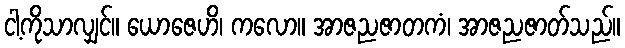
ငါ့ကိုသာလျှင်။ ယောဇေဟိ၊ ကလော။ အာဇညဇာတကံ၊ အာဇညဇာတ်သည်။